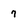
Character: 7